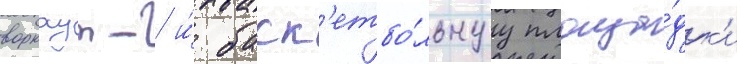
воркаут- и́ баск'етбо́льнуу площа́дк'и